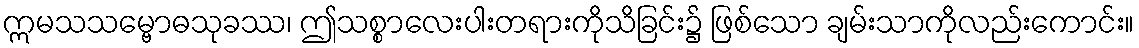
ဣမသသမ္ဗောဓသုခဿ၊ ဤသစ္စာလေးပါးတရားကိုသိခြင်း၌ ဖြစ်သော ချမ်းသာကိုလည်းကောင်း။